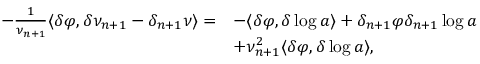
\begin{array} { r l } { - \frac { 1 } { \nu _ { n + 1 } } \langle \delta \varphi , \delta \nu _ { n + 1 } - \delta _ { n + 1 } \nu \rangle = } & { - \langle \delta \varphi , \delta \log a \rangle + \delta _ { n + 1 } \varphi \delta _ { n + 1 } \log a } \\ & { + \nu _ { n + 1 } ^ { 2 } \langle \delta \varphi , \delta \log a \rangle , } \end{array}